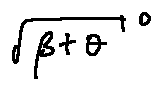
\sqrt { \beta + \theta } ^ { o }